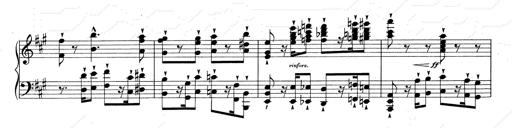
Title: RÃ©miniscences de Don Juan
Composer: Franz Liszt